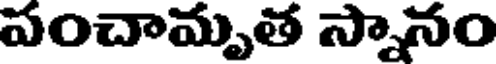
పంచామృత స్నానం